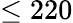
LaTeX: \leq 220